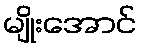
မျိုးအောင်